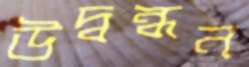
উদ্বন্ধন